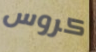
كروس